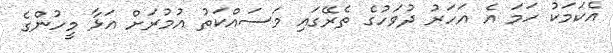
އެކަމަކު ހަމަ އެ އަހަރު ދުވަހުގެ ތެރޭގައި މަސައްކަތު އުމުރަށް އަޅާ މީހުންގެ